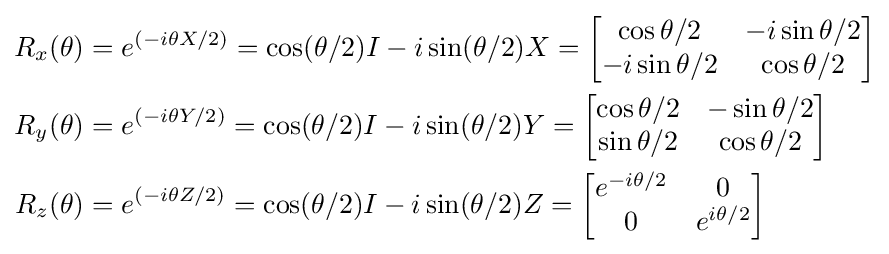
{\begin{aligned}R_{x}(\theta )&=e^{(-i\theta X/2)}=\cos(\theta /2)I-i\sin(\theta /2)X={\begin{bmatrix}\cos \theta /2&-i\sin \theta /2\\-i\sin \theta /2&\cos \theta /2\end{bmatrix}}\\R_{y}(\theta )&=e^{(-i\theta Y/2)}=\cos(\theta /2)I-i\sin(\theta /2)Y={\begin{bmatrix}\cos \theta /2&-\sin \theta /2\\\sin \theta /2&\cos \theta /2\end{bmatrix}}\\R_{z}(\theta )&=e^{(-i\theta Z/2)}=\cos(\theta /2)I-i\sin(\theta /2)Z={\begin{bmatrix}e^{-i\theta /2}&0\\0&e^{i\theta /2}\end{bmatrix}}\end{aligned}}